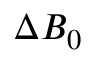
\Delta B _ { 0 }